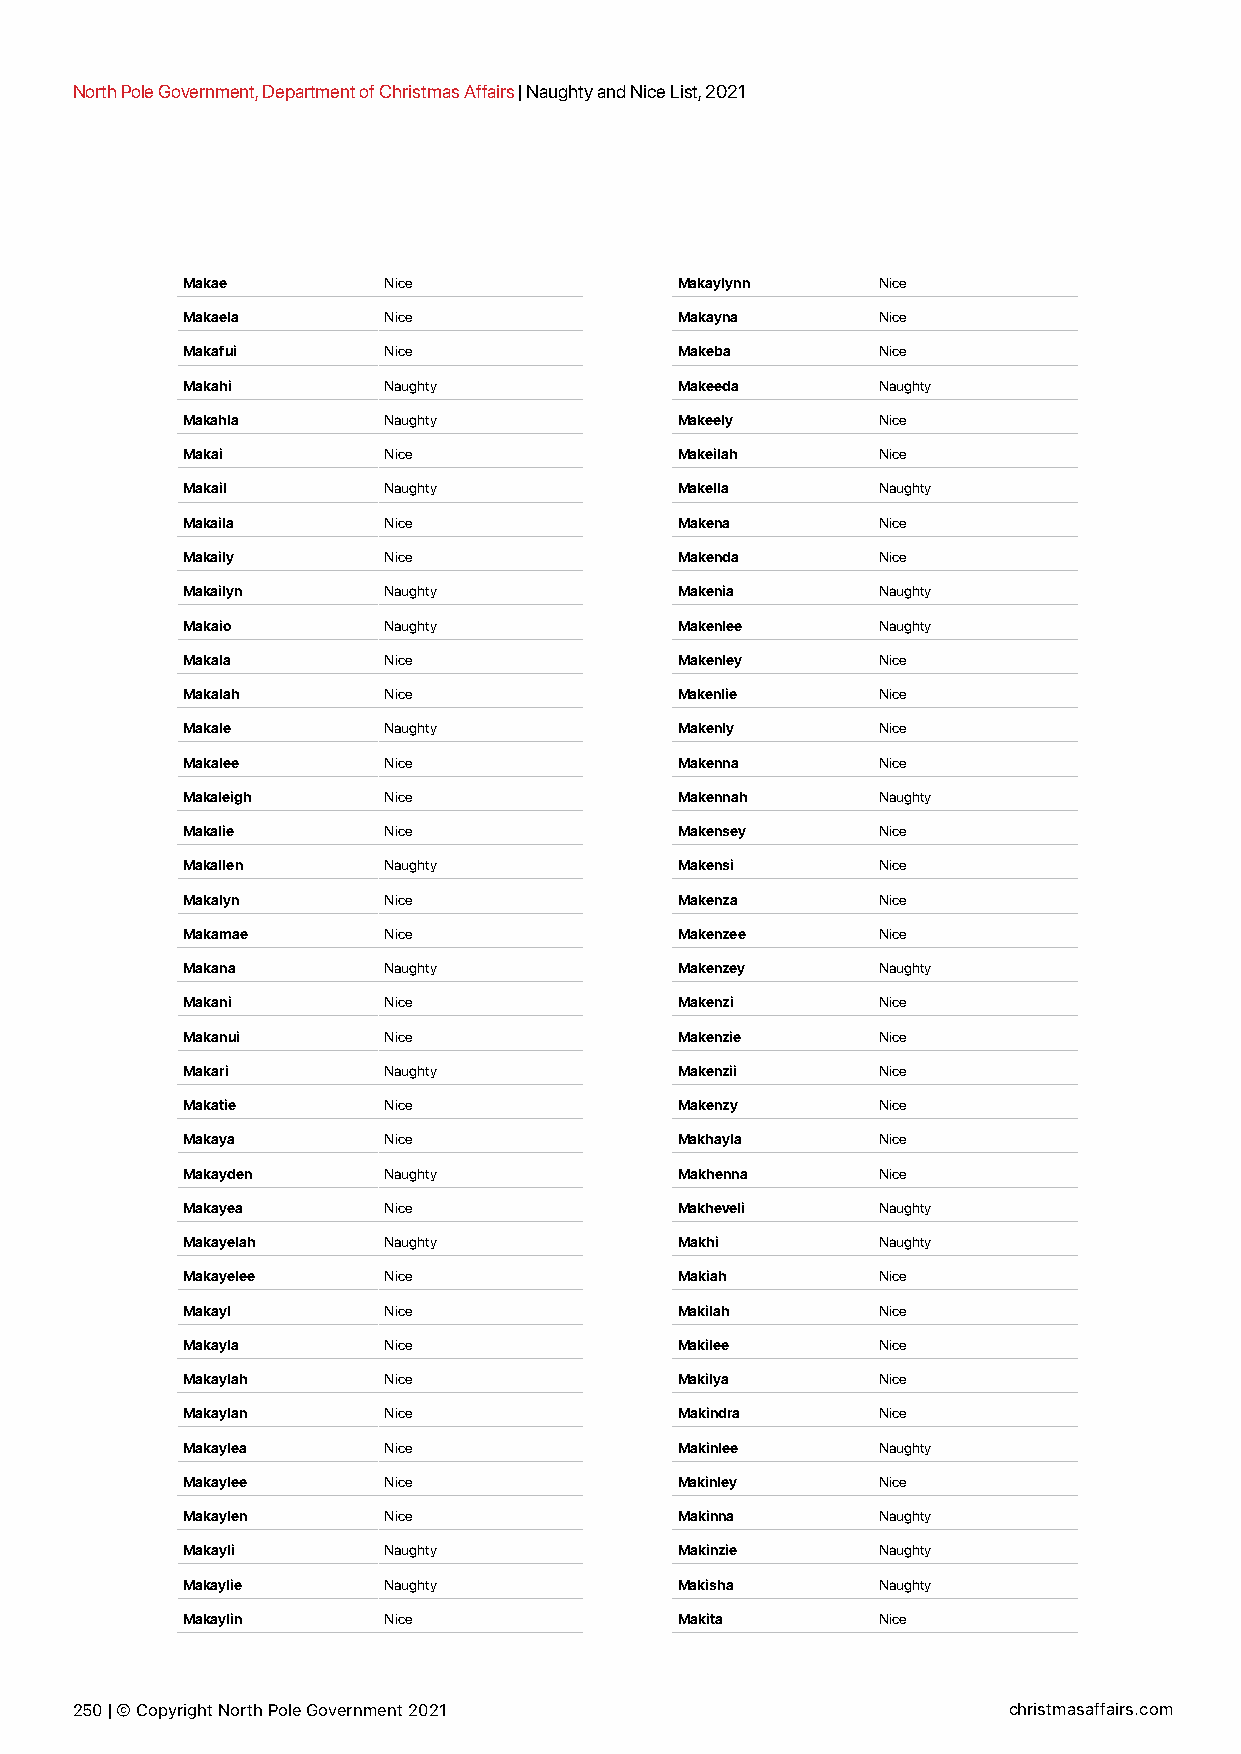
North Pole Government, Department of Christmas Affairs | Naughty and Nice List, 2021
 Makae        Nice                Makaylynn    Nice
 Makaela      Nice                Makayna      Nice
 Makafui      Nice                Makeba       Nice
 Makahi       Naughty             Makeeda      Naughty
 Makahla      Naughty             Makeely      Nice
 Makai        Nice                Makeilah     Nice
 Makail       Naughty             Makella      Naughty
 Makaila      Nice                Makena       Nice
 Makaily      Nice                Makenda      Nice
 Makailyn     Naughty             Makenia      Naughty
 Makaio       Naughty             Makenlee     Naughty
 Makala       Nice                Makenley     Nice
 Makalah      Nice                Makenlie     Nice
 Makale       Naughty             Makenly      Nice
 Makalee      Nice                Makenna      Nice
 Makaleigh    Nice                Makennah     Naughty
 Makalie      Nice                Makensey     Nice
 Makallen     Naughty             Makensi      Nice
 Makalyn      Nice                Makenza      Nice
 Makamae      Nice                Makenzee     Nice
 Makana       Naughty             Makenzey     Naughty
 Makani       Nice                Makenzi      Nice
 Makanui      Nice                Makenzie     Nice
 Makari       Naughty             Makenzii     Nice
 Makatie      Nice                Makenzy      Nice
 Makaya       Nice                Makhayla     Nice
 Makayden     Naughty             Makhenna     Nice
 Makayea      Nice                Makheveli    Naughty
 Makayelah    Naughty             Makhi        Naughty
 Makayelee    Nice                Makiah       Nice
 Makayl       Nice                Makilah      Nice
 Makayla      Nice                Makilee      Nice
 Makaylah     Nice                Makilya      Nice
 Makaylan     Nice                Makindra     Nice
 Makaylea     Nice                Makinlee     Naughty
 Makaylee     Nice                Makinley     Nice
 Makaylen     Nice                Makinna      Naughty
 Makayli      Naughty             Makinzie     Naughty
 Makaylie     Naughty             Makisha      Naughty
 Makaylin     Nice                Makita       Nice
 250 | © Copyright North Pole Government 2021                  christmasaffairs.com